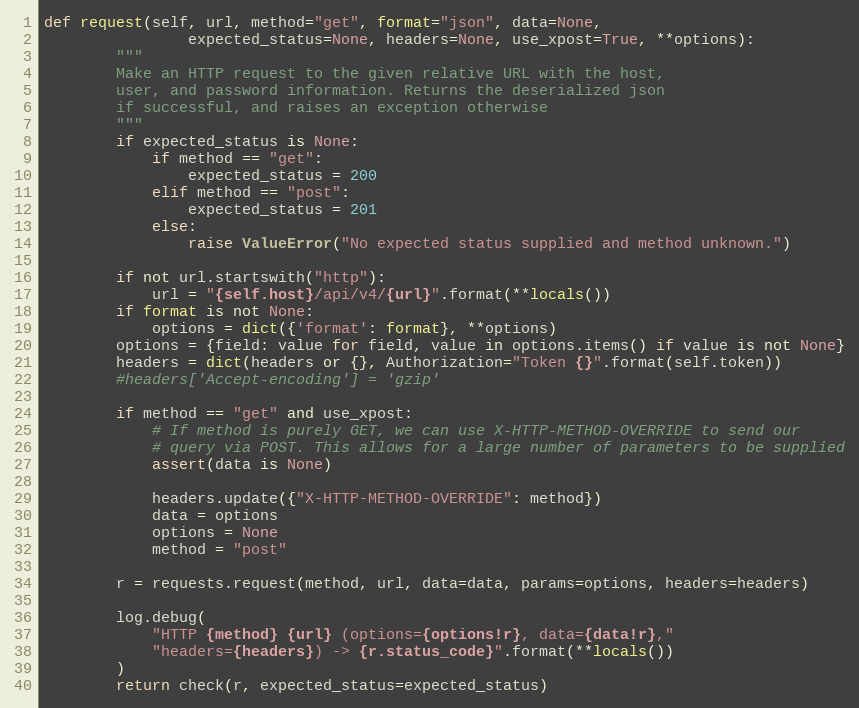
Language: Python
def request(self, url, method="get", format="json", data=None,
                expected_status=None, headers=None, use_xpost=True, **options):
        """
        Make an HTTP request to the given relative URL with the host,
        user, and password information. Returns the deserialized json
        if successful, and raises an exception otherwise
        """
        if expected_status is None:
            if method == "get":
                expected_status = 200
            elif method == "post":
                expected_status = 201
            else:
                raise ValueError("No expected status supplied and method unknown.")

        if not url.startswith("http"):
            url = "{self.host}/api/v4/{url}".format(**locals())
        if format is not None:
            options = dict({'format': format}, **options)
        options = {field: value for field, value in options.items() if value is not None}
        headers = dict(headers or {}, Authorization="Token {}".format(self.token))
        #headers['Accept-encoding'] = 'gzip'

        if method == "get" and use_xpost:
            # If method is purely GET, we can use X-HTTP-METHOD-OVERRIDE to send our
            # query via POST. This allows for a large number of parameters to be supplied
            assert(data is None)

            headers.update({"X-HTTP-METHOD-OVERRIDE": method})
            data = options
            options = None
            method = "post"

        r = requests.request(method, url, data=data, params=options, headers=headers)

        log.debug(
            "HTTP {method} {url} (options={options!r}, data={data!r},"
            "headers={headers}) -> {r.status_code}".format(**locals())
        )
        return check(r, expected_status=expected_status)